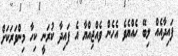
ފައިދާއެއް ލިބޭ ހެއްޔެވެ އެހެން ވެއްޖިއްޔާ އެ ފައިދާ ކުރަނީ ކިހާ މިންވަރަކަށް